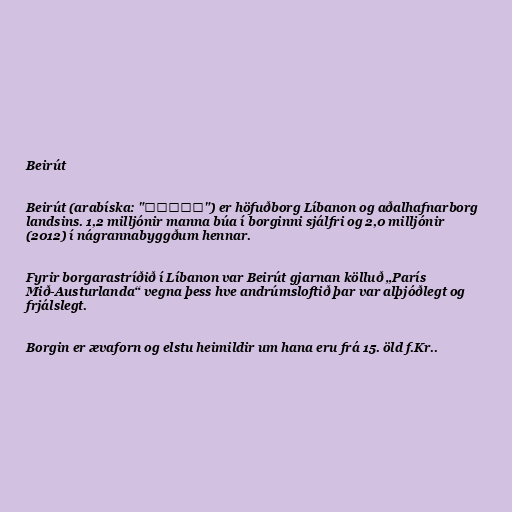
Beirút

Beirút (arabíska: "بيروت")‎ er höfuðborg Líbanon og aðalhafnarborg
landsins. 1,2 milljónir manna búa í borginni sjálfri og 2,0 milljónir
(2012) í nágrannabyggðum hennar.

Fyrir borgarastríðið í Líbanon var Beirút gjarnan kölluð „París
Mið-Austurlanda“ vegna þess hve andrúmsloftið þar var alþjóðlegt og
frjálslegt.

Borgin er ævaforn og elstu heimildir um hana eru frá 15. öld f.Kr..